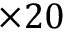
\times 2 0